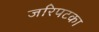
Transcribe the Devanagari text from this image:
जरिपटका